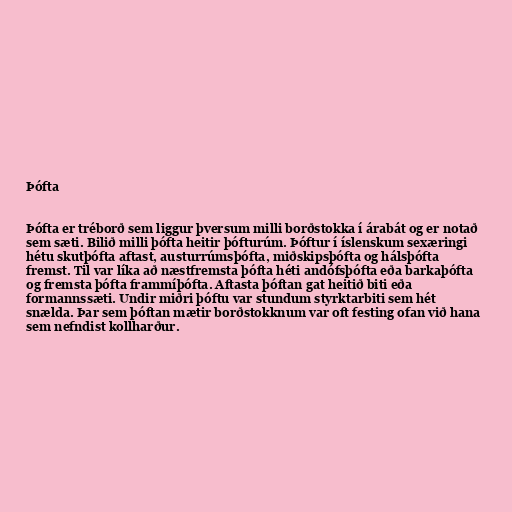
Þófta

Þófta er tréborð sem liggur þversum milli borðstokka í árabát og er notað
sem sæti. Bilið milli þófta heitir þófturúm. Þóftur í íslenskum sexæringi
hétu skutþófta aftast, austurrúmsþófta, miðskipsþófta og hálsþófta
fremst. Til var líka að næstfremsta þófta héti andófsþófta eða barkaþófta
og fremsta þófta frammíþófta. Aftasta þóftan gat heitið biti eða
formannssæti. Undir miðri þóftu var stundum styrktarbiti sem hét
snælda. Þar sem þóftan mætir borðstokknum var oft festing ofan við hana
sem nefndist kollharður.